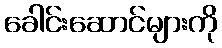
ခေါင်းဆောင်များကို